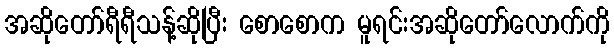
အဆိုတော်ရီရီသန့်ဆိုပြီး စောစောက မူရင်းအဆိုတော်လောက်ကို